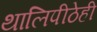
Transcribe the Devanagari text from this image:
थालिपीठेही